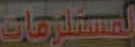
المستلزمات